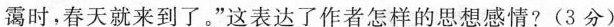
霭时，春天就来到了。”这表达了作者怎样的思想感情?